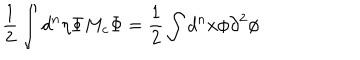
LaTeX: \frac { 1 } { 2 } \int { d ^ { n } \eta } { \Phi } { M _ { c } } { \Phi } = \frac { 1 } { 2 } \int { d ^ { n } x } { \phi } { \partial } ^ { 2 } { \phi }